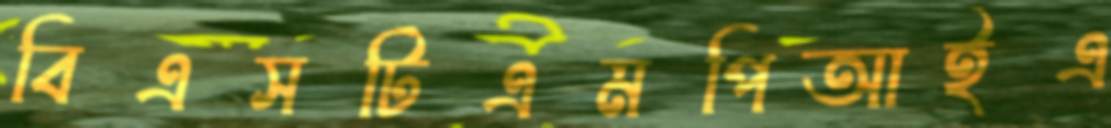
বিএসটিএমপিআইএ